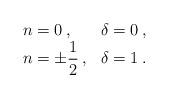
LaTeX: \begin{align*}\begin{array}{ll}n=0\: , & \delta =0\: ,\\n=\pm \displaystyle\frac{1}{2}\: , & \delta =1\: .\end{array}\end{align*}